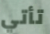
تأتي